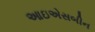
આઇએસબીન